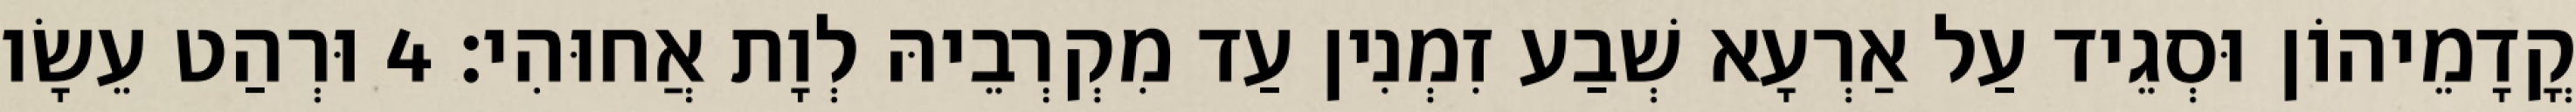
קֳדָמֵיהוֹן וּסְגֵיד עַל אַרְעָא שְׁבַע זִמְנִין עַד מִקְרְבֵיהּ לְוָת אֲחוּהִי׃ 4 וּרְהַט עֵשָׂו